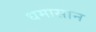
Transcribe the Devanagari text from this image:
धमासान